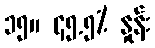
၁၅။ ၄၅.၅% နှုန်း